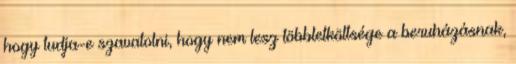
hogy tudja-e szavatolni, hogy nem lesz többletköltsége a beruházásnak,